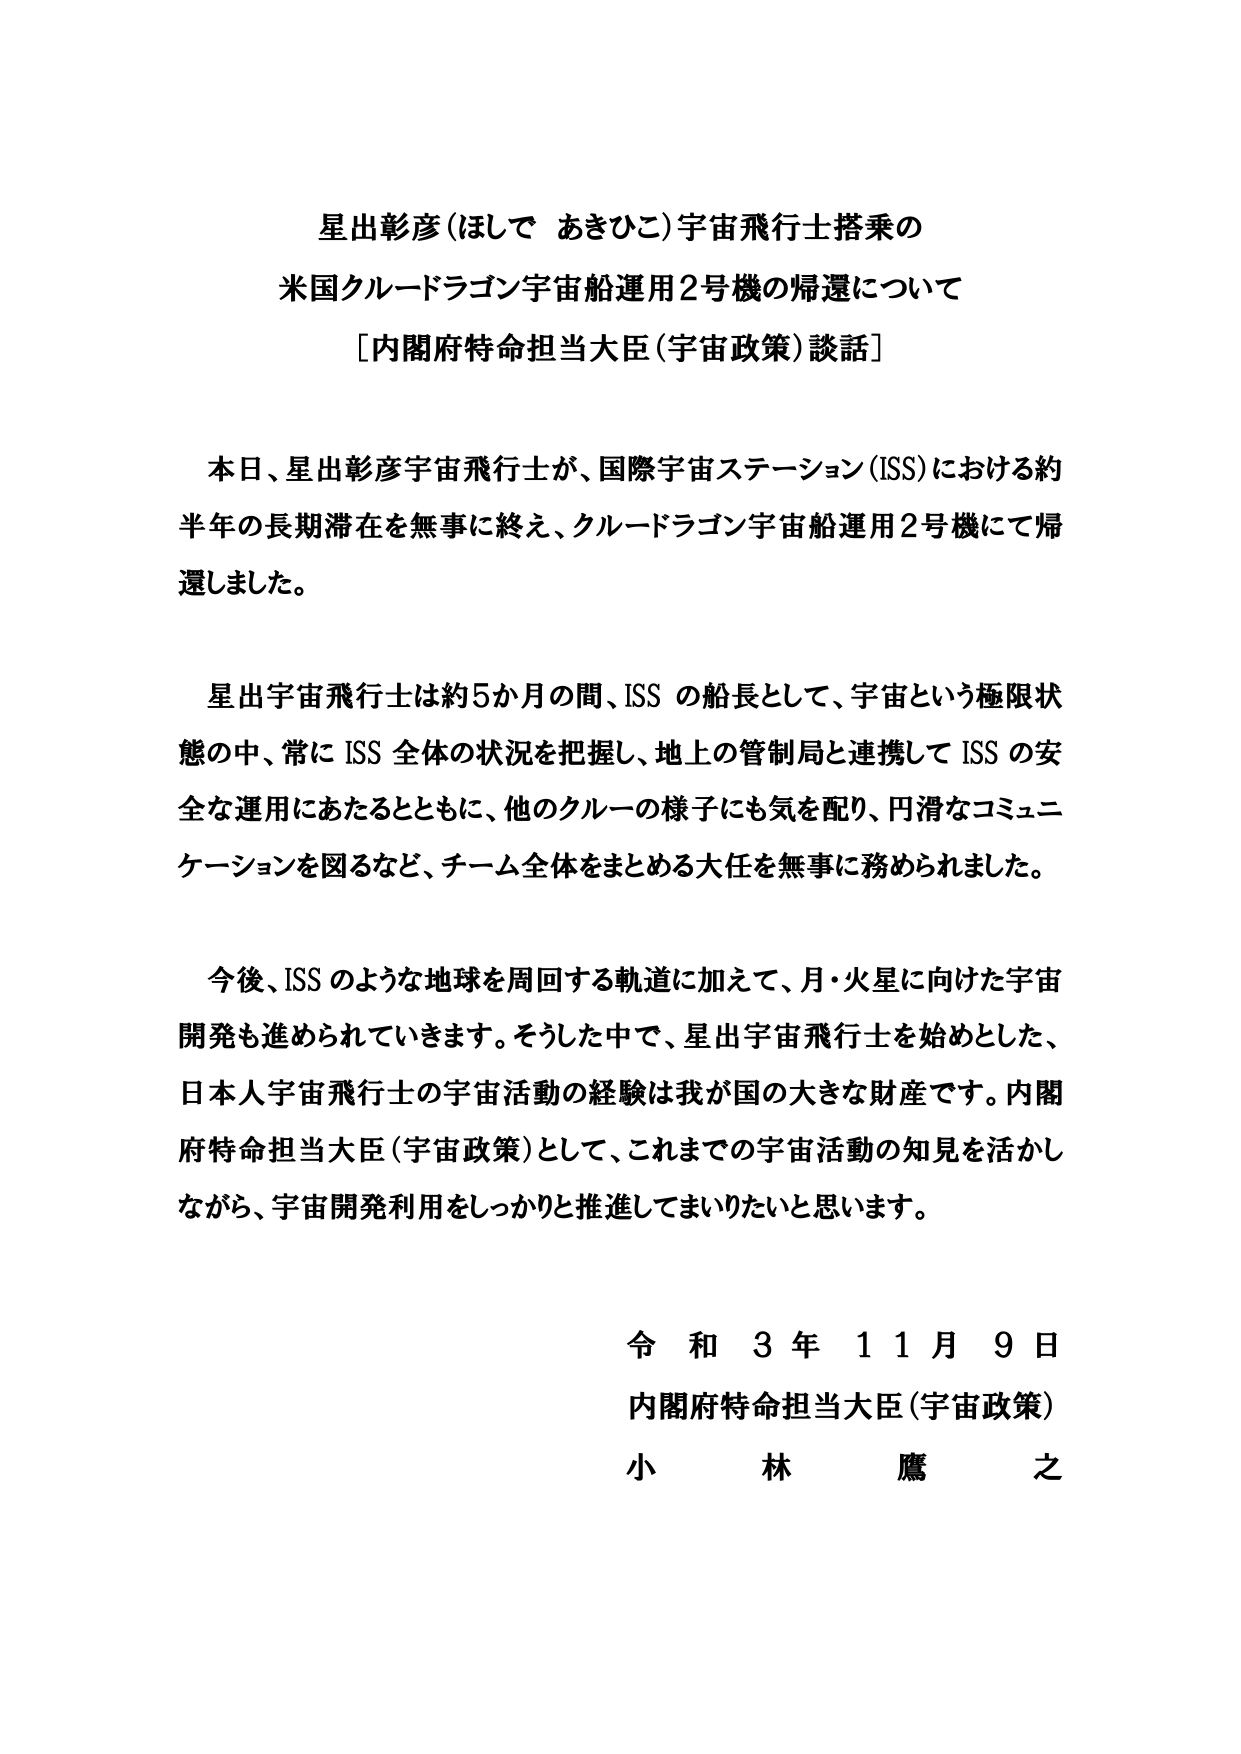
星出彰彦（ほしで あきひこ）宇宙飛行士搭乗の
米国クルードラゴン宇宙船運用2号機の帰還について
［内閣府特命担当大臣（宇宙政策）談話］

本日、星出彰彦宇宙飛行士が、国際宇宙ステーション（ISS）における約
半年の長期滞在を無事に終え、クルードラゴン宇宙船運用2号機にて帰
還しました。

星出宇宙飛行士は約5か月の間、ISS の船長として、宇宙という極限状
態の中、常に ISS 全体の状況を把握し、地上の管制局と連携して ISS の安
全な運用にあたるとともに、他のクルーの様子にも気を配り、円滑なコミュニ
ケーションを図るなど、チーム全体をまとめる大任を無事に務められました。

今後、ISS のような地球を周回する軌道に加えて、月・火星に向けた宇宙
開発も進められてきます。そうした中で、星出宇宙飛行士を始めとした、
日本人宇宙飛行士の宇宙活動の経験は我が国の大きな財産です。内閣
府特命担当大臣（宇宙政策）として、これまでの宇宙活動の知見を活かし
ながら、宇宙開発利用をしっかりと推進してまいりたいと思います。

令和 3 年 11 月 9 日
内閣府特命担当大臣（宇宙政策）
小 林 鷹 之